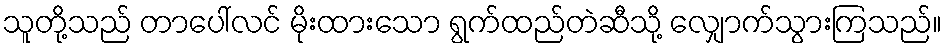
သူတို့သည် တာပေါ်လင် မိုးထားသော ရွက်ထည်တဲဆီသို့ လျှောက်သွားကြသည်။